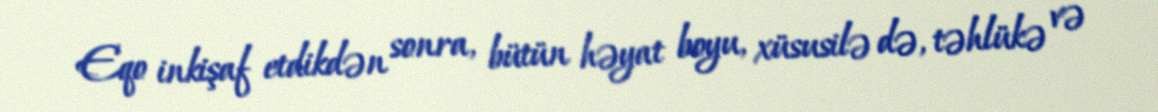
Eqo inkişaf etdikdən sonra, bütün həyat boyu, xüsusilə də, təhlükə və